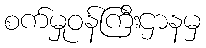
စက်မှုဝန်ကြီးဌာနမှ